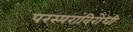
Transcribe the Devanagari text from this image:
परस्परांविरोधी